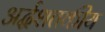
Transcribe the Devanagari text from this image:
अर्द्धशतकीय